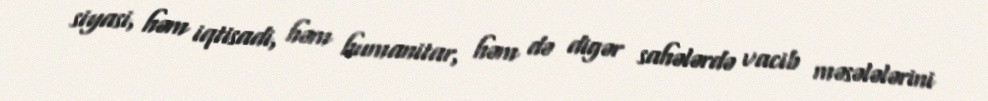
siyasi, həm iqtisadi, həm humanitar, həm də digər sahələrdə vacib məsələlərini